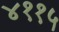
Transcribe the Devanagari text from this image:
४११५